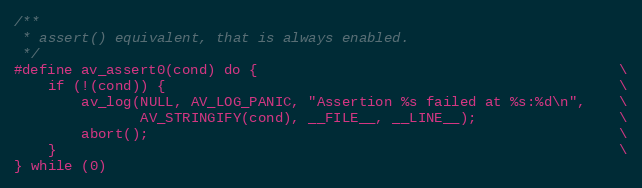
Language: C
/**
 * assert() equivalent, that is always enabled.
 */
#define av_assert0(cond) do {                                           \
    if (!(cond)) {                                                      \
        av_log(NULL, AV_LOG_PANIC, "Assertion %s failed at %s:%d\n",    \
               AV_STRINGIFY(cond), __FILE__, __LINE__);                 \
        abort();                                                        \
    }                                                                   \
} while (0)